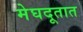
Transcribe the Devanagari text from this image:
मेघदूतात